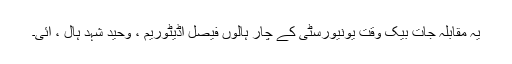
یہ مقابلہ جات بیک وقت یونیورسٹی کے چار ہالوں فیصل آڈیٹوریم ، وحید شہد ہال ، آئی۔